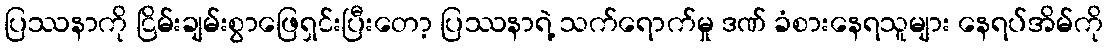
ပြဿနာကို ငြိမ်းချမ်းစွာဖြေရှင်းပြီးတော့ ပြဿနာရဲ့ သက်ရောက်မှု ဒဏ် ခံစားနေရသူများ နေရပ်အိမ်ကို